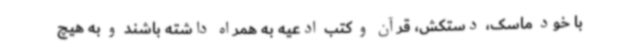
با خود ماسک، دستکش،‌ قرآن و کتب ادعیه به همراه داشته باشند و به هیچ